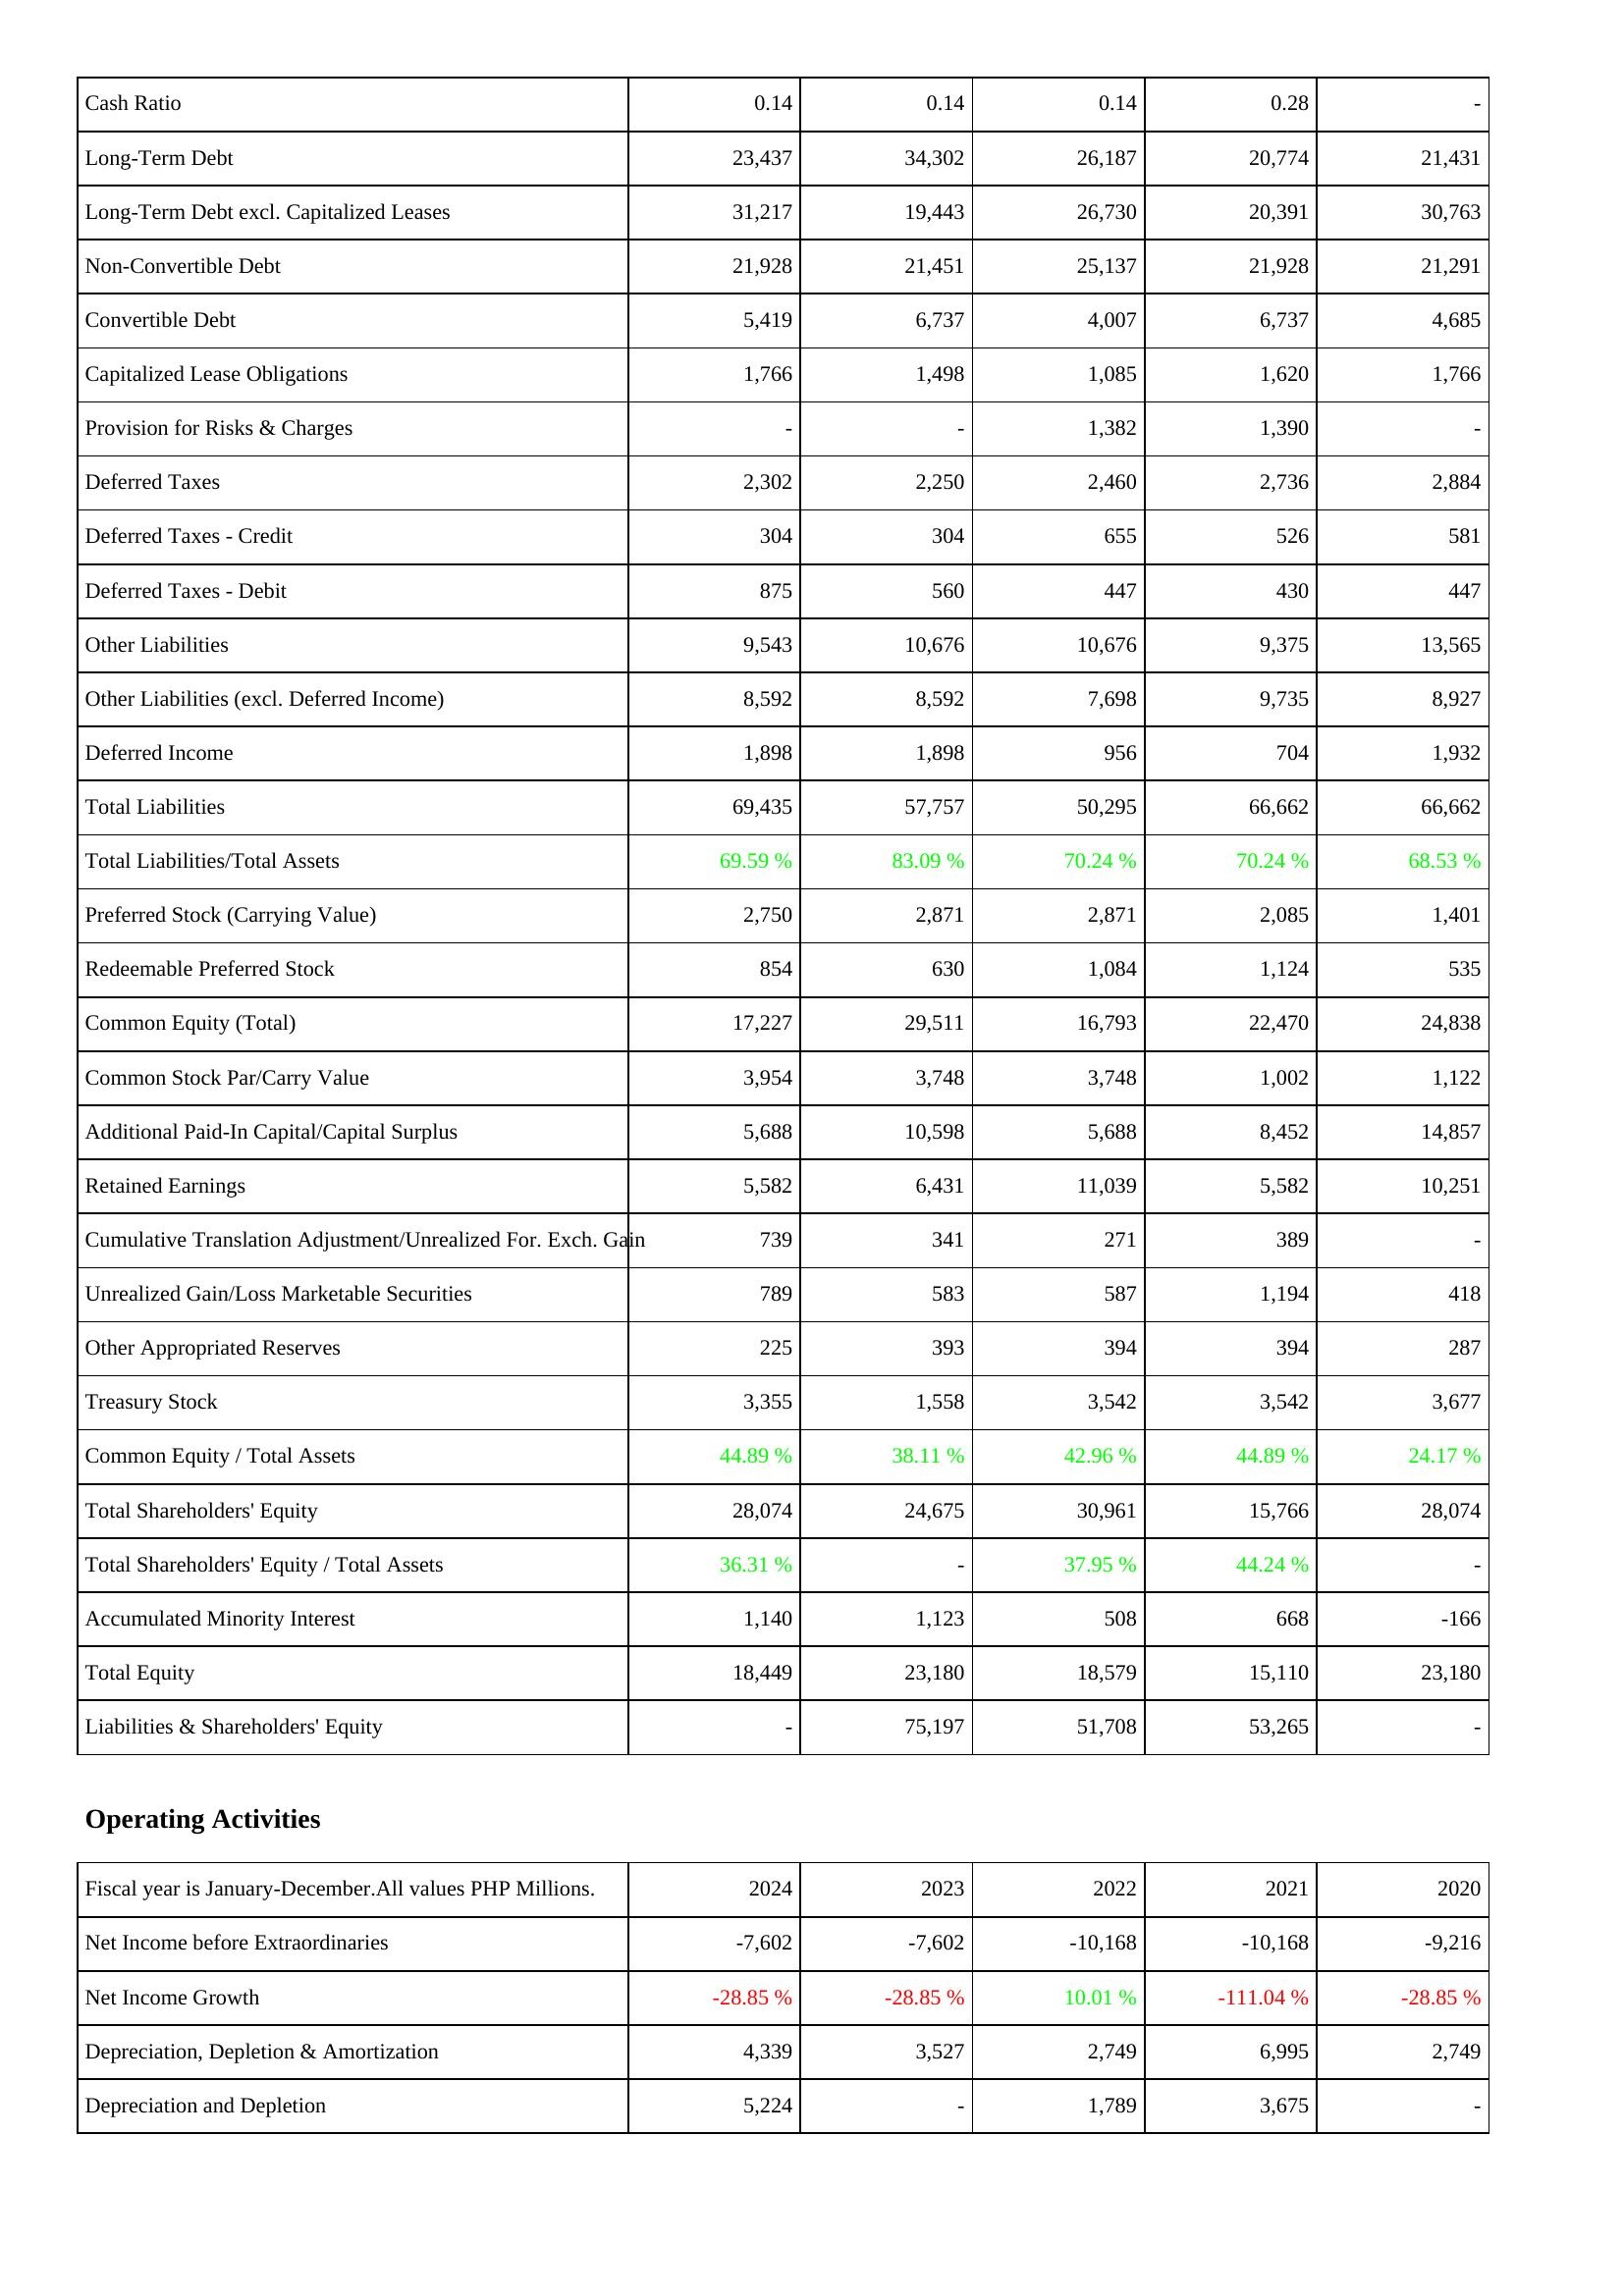
2024: Liabilities & Shareholders' Equity: Cash Ratio: 0.14
Long-Term Debt: 23,437
Long-Term Debt excl. Capitalized Leases: 31,217
Non-Convertible Debt: 21,928
Convertible Debt: 5,419
Capitalized Lease Obligations: 1,766
Provision for Risks & Charges: -
Deferred Taxes: 2,302
Deferred Taxes - Credit: 304
Deferred Taxes - Debit: 875
Other Liabilities: 9,543
Other Liabilities (excl. Deferred Income): 8,592
Deferred Income: 1,898
Total Liabilities: 69,435
Total Liabilities/Total Assets: 69.59 %
Preferred Stock (Carrying Value): 2,750
Redeemable Preferred Stock: 854
Common Equity (Total): 17,227
Common Stock Par/Carry Value: 3,954
Additional Paid-In Capital/Capital Surplus: 5,688
Retained Earnings: 5,582
Cumulative Translation Adjustment/Unrealized For. Exch. Gain: 739
Unrealized Gain/Loss Marketable Securities: 789
Other Appropriated Reserves: 225
Treasury Stock: 3,355
Common Equity / Total Assets: 44.89 %
Total Shareholders' Equity: 28,074
Total Shareholders' Equity / Total Assets: 36.31 %
Accumulated Minority Interest: 1,140
Total Equity: 18,449
Liabilities & Shareholders' Equity: -
Operating Activities: Net Income before Extraordinaries: -7,602
Net Income Growth: -28.85 %
Depreciation, Depletion & Amortization: 4,339
Depreciation and Depletion: 5,224
2023: Liabilities & Shareholders' Equity: Cash Ratio: 0.14
Long-Term Debt: 34,302
Long-Term Debt excl. Capitalized Leases: 19,443
Non-Convertible Debt: 21,451
Convertible Debt: 6,737
Capitalized Lease Obligations: 1,498
Provision for Risks & Charges: -
Deferred Taxes: 2,250
Deferred Taxes - Credit: 304
Deferred Taxes - Debit: 560
Other Liabilities: 10,676
Other Liabilities (excl. Deferred Income): 8,592
Deferred Income: 1,898
Total Liabilities: 57,757
Total Liabilities/Total Assets: 83.09 %
Preferred Stock (Carrying Value): 2,871
Redeemable Preferred Stock: 630
Common Equity (Total): 29,511
Common Stock Par/Carry Value: 3,748
Additional Paid-In Capital/Capital Surplus: 10,598
Retained Earnings: 6,431
Cumulative Translation Adjustment/Unrealized For. Exch. Gain: 341
Unrealized Gain/Loss Marketable Securities: 583
Other Appropriated Reserves: 393
Treasury Stock: 1,558
Common Equity / Total Assets: 38.11 %
Total Shareholders' Equity: 24,675
Total Shareholders' Equity / Total Assets: -
Accumulated Minority Interest: 1,123
Total Equity: 23,180
Liabilities & Shareholders' Equity: 75,197
Operating Activities: Net Income before Extraordinaries: -7,602
Net Income Growth: -28.85 %
Depreciation, Depletion & Amortization: 3,527
Depreciation and Depletion: -
2022: Liabilities & Shareholders' Equity: Cash Ratio: 0.14
Long-Term Debt: 26,187
Long-Term Debt excl. Capitalized Leases: 26,730
Non-Convertible Debt: 25,137
Convertible Debt: 4,007
Capitalized Lease Obligations: 1,085
Provision for Risks & Charges: 1,382
Deferred Taxes: 2,460
Deferred Taxes - Credit: 655
Deferred Taxes - Debit: 447
Other Liabilities: 10,676
Other Liabilities (excl. Deferred Income): 7,698
Deferred Income: 956
Total Liabilities: 50,295
Total Liabilities/Total Assets: 70.24 %
Preferred Stock (Carrying Value): 2,871
Redeemable Preferred Stock: 1,084
Common Equity (Total): 16,793
Common Stock Par/Carry Value: 3,748
Additional Paid-In Capital/Capital Surplus: 5,688
Retained Earnings: 11,039
Cumulative Translation Adjustment/Unrealized For. Exch. Gain: 271
Unrealized Gain/Loss Marketable Securities: 587
Other Appropriated Reserves: 394
Treasury Stock: 3,542
Common Equity / Total Assets: 42.96 %
Total Shareholders' Equity: 30,961
Total Shareholders' Equity / Total Assets: 37.95 %
Accumulated Minority Interest: 508
Total Equity: 18,579
Liabilities & Shareholders' Equity: 51,708
Operating Activities: Net Income before Extraordinaries: -10,168
Net Income Growth: 10.01 %
Depreciation, Depletion & Amortization: 2,749
Depreciation and Depletion: 1,789
2021: Liabilities & Shareholders' Equity: Cash Ratio: 0.28
Long-Term Debt: 20,774
Long-Term Debt excl. Capitalized Leases: 20,391
Non-Convertible Debt: 21,928
Convertible Debt: 6,737
Capitalized Lease Obligations: 1,620
Provision for Risks & Charges: 1,390
Deferred Taxes: 2,736
Deferred Taxes - Credit: 526
Deferred Taxes - Debit: 430
Other Liabilities: 9,375
Other Liabilities (excl. Deferred Income): 9,735
Deferred Income: 704
Total Liabilities: 66,662
Total Liabilities/Total Assets: 70.24 %
Preferred Stock (Carrying Value): 2,085
Redeemable Preferred Stock: 1,124
Common Equity (Total): 22,470
Common Stock Par/Carry Value: 1,002
Additional Paid-In Capital/Capital Surplus: 8,452
Retained Earnings: 5,582
Cumulative Translation Adjustment/Unrealized For. Exch. Gain: 389
Unrealized Gain/Loss Marketable Securities: 1,194
Other Appropriated Reserves: 394
Treasury Stock: 3,542
Common Equity / Total Assets: 44.89 %
Total Shareholders' Equity: 15,766
Total Shareholders' Equity / Total Assets: 44.24 %
Accumulated Minority Interest: 668
Total Equity: 15,110
Liabilities & Shareholders' Equity: 53,265
Operating Activities: Net Income before Extraordinaries: -10,168
Net Income Growth: -111.04 %
Depreciation, Depletion & Amortization: 6,995
Depreciation and Depletion: 3,675
2020: Liabilities & Shareholders' Equity: Cash Ratio: -
Long-Term Debt: 21,431
Long-Term Debt excl. Capitalized Leases: 30,763
Non-Convertible Debt: 21,291
Convertible Debt: 4,685
Capitalized Lease Obligations: 1,766
Provision for Risks & Charges: -
Deferred Taxes: 2,884
Deferred Taxes - Credit: 581
Deferred Taxes - Debit: 447
Other Liabilities: 13,565
Other Liabilities (excl. Deferred Income): 8,927
Deferred Income: 1,932
Total Liabilities: 66,662
Total Liabilities/Total Assets: 68.53 %
Preferred Stock (Carrying Value): 1,401
Redeemable Preferred Stock: 535
Common Equity (Total): 24,838
Common Stock Par/Carry Value: 1,122
Additional Paid-In Capital/Capital Surplus: 14,857
Retained Earnings: 10,251
Cumulative Translation Adjustment/Unrealized For. Exch. Gain: -
Unrealized Gain/Loss Marketable Securities: 418
Other Appropriated Reserves: 287
Treasury Stock: 3,677
Common Equity / Total Assets: 24.17 %
Total Shareholders' Equity: 28,074
Total Shareholders' Equity / Total Assets: -
Accumulated Minority Interest: -166
Total Equity: 23,180
Liabilities & Shareholders' Equity: -
Operating Activities: Net Income before Extraordinaries: -9,216
Net Income Growth: -28.85 %
Depreciation, Depletion & Amortization: 2,749
Depreciation and Depletion: -